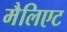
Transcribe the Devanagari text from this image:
मैलिएट